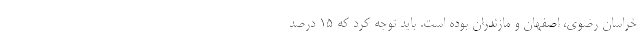
خراسان رضوی، اصفهان و مازندران بوده است. باید توجه کرد که ۱۵ درصد